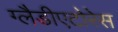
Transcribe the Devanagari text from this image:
ग्लैडीएटोरेस